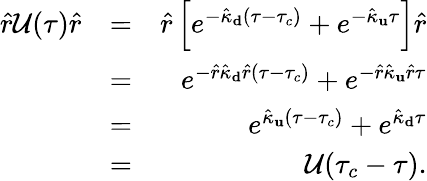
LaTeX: \begin{array}{rlr}{\hat{r}\mathcal{U}(\tau)\hat{r}}&{=}&{\hat{r}\left[e^{-\hat{\kappa}_{\mathbf d}(\tau-\tau_{c})}+e^{-\hat{\kappa}_{\mathbf u}\tau}\right]\hat{r}}\\ &{=}&{e^{-\hat{r}\hat{\kappa}_{\mathbf d}\hat{r}(\tau-\tau_{c})}+e^{-\hat{r}\hat{\kappa}_{\mathbf u}\hat{r}\tau}}\\ &{=}&{e^{\hat{\kappa}_{\mathbf u}(\tau-\tau_{c})}+e^{\hat{\kappa}_{\mathbf d}\tau}}\\ &{=}&{\mathcal{U}(\tau_{c}-\tau).}\end{array}